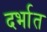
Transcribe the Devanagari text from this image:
दर्भात